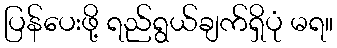
ပြန်ပေးဖို့ ရည်ရွယ်ချက်ရှိပုံ မရ။